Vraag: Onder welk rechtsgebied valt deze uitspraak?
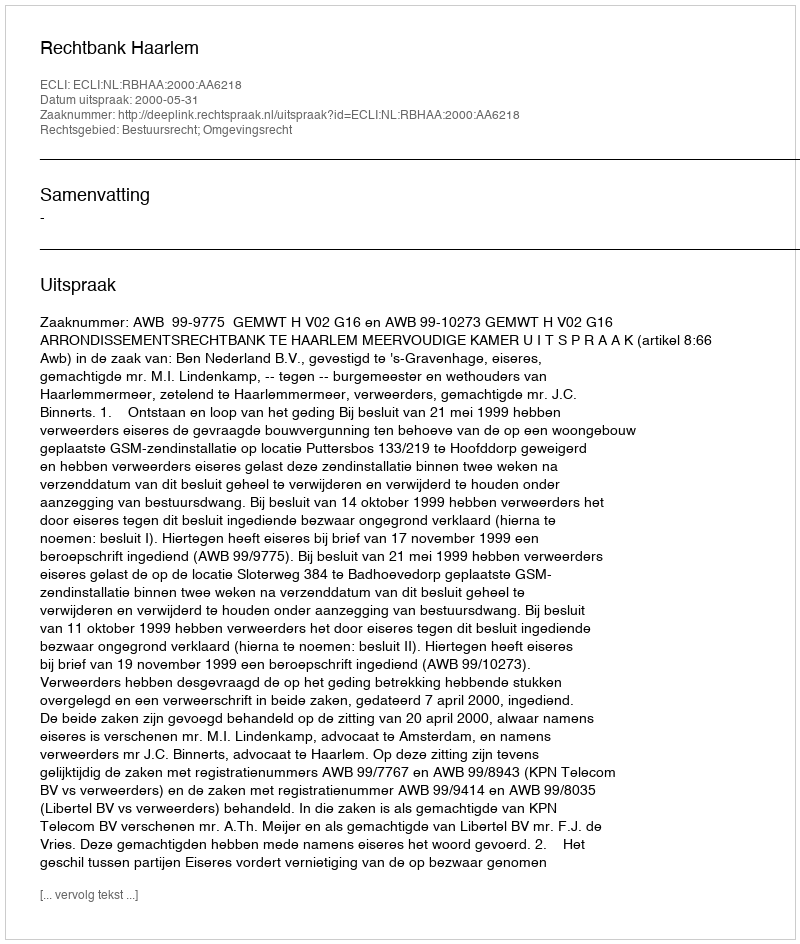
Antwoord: Bestuursrecht; Omgevingsrecht